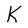
Character: K